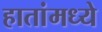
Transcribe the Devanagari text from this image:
हातांमध्ये